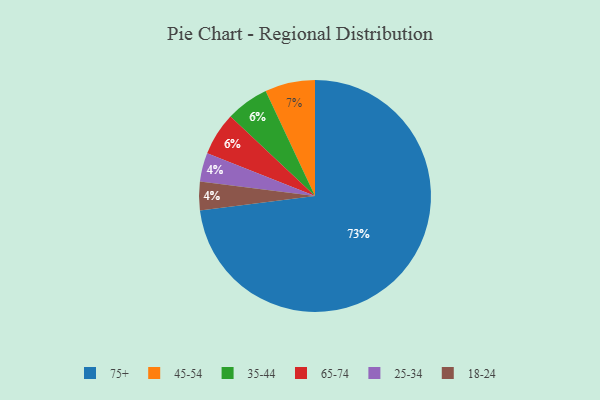
{"axis": {"x": "Category", "y": "Percentage"}, "legend": ["18-24", "25-34", "35-44", "45-54", "65-74", "75+"], "data": [{"x": "35-44", "y": 6, "type": "35-44"}, {"x": "75+", "y": 73, "type": "75+"}, {"x": "25-34", "y": 4, "type": "25-34"}, {"x": "65-74", "y": 6, "type": "65-74"}, {"x": "45-54", "y": 7, "type": "45-54"}, {"x": "18-24", "y": 4, "type": "18-24"}]}